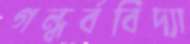
গন্ধর্ববিদ্যা